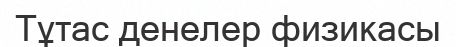
Тұтас денелер физикасы